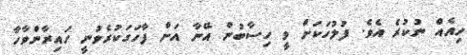
ހިއެއް ނުކުރެ އެވެ. ފުލުހަކަށް ވީ ހިސާބުން އޭނާ އަށް ފާހަގަކުރެވުނީ ހައިރާންވާހާ